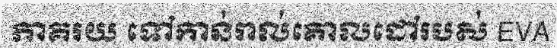
ភាគរយ ទៅកាន់រាល់គោលដៅរបស់ EVA